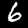
Digit: 6